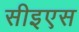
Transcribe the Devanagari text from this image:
सीइएस